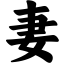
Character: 妻